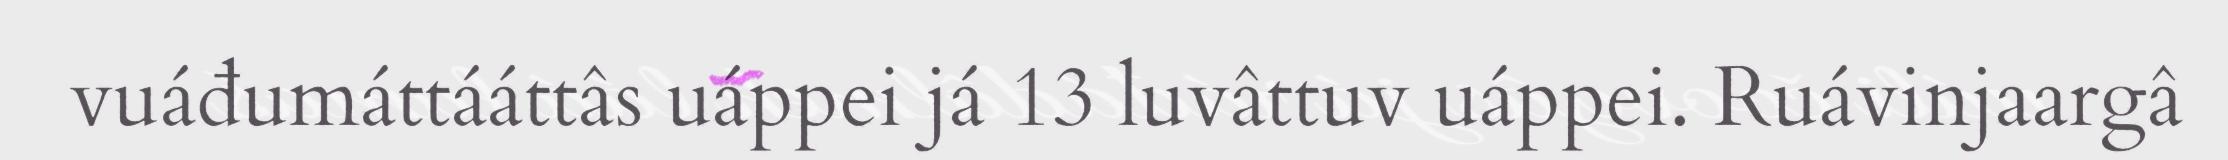
vuáđumáttááttâs uáppei já 13 luvâttuv uáppei. Ruávinjaargâ